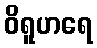
ဝိရူဟရေ